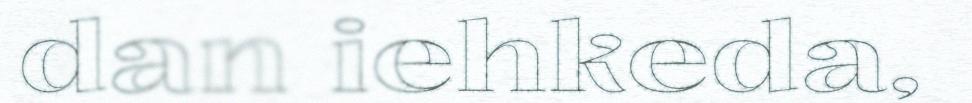
dan iehkeda,